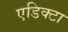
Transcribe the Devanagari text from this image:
एडिक्टा